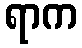
ရာက